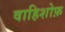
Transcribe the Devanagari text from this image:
वाहिशोफ़